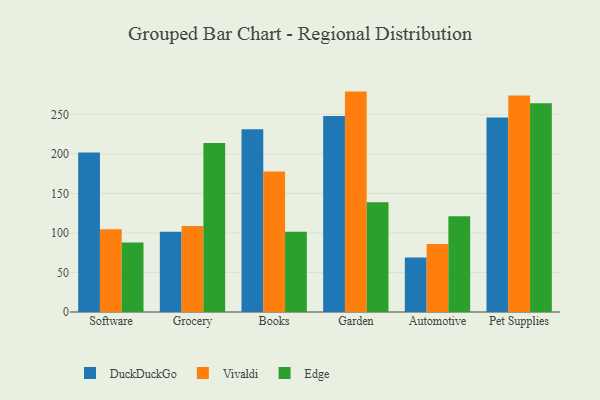
{"axis": {"x": "Category", "y": "Page Views"}, "legend": ["DuckDuckGo", "Edge", "Vivaldi"], "data": [{"x": "Software", "y": 201.8, "type": "DuckDuckGo"}, {"x": "Software", "y": 104.7, "type": "Vivaldi"}, {"x": "Software", "y": 87.9, "type": "Edge"}, {"x": "Grocery", "y": 101.6, "type": "DuckDuckGo"}, {"x": "Grocery", "y": 108.8, "type": "Vivaldi"}, {"x": "Grocery", "y": 213.9, "type": "Edge"}, {"x": "Books", "y": 231.3, "type": "DuckDuckGo"}, {"x": "Books", "y": 177.7, "type": "Vivaldi"}, {"x": "Books", "y": 101.5, "type": "Edge"}, {"x": "Garden", "y": 248.0, "type": "DuckDuckGo"}, {"x": "Garden", "y": 278.9, "type": "Vivaldi"}, {"x": "Garden", "y": 139.0, "type": "Edge"}, {"x": "Automotive", "y": 69.1, "type": "DuckDuckGo"}, {"x": "Automotive", "y": 86.1, "type": "Vivaldi"}, {"x": "Automotive", "y": 121.3, "type": "Edge"}, {"x": "Pet Supplies", "y": 246.2, "type": "DuckDuckGo"}, {"x": "Pet Supplies", "y": 274.0, "type": "Vivaldi"}, {"x": "Pet Supplies", "y": 264.3, "type": "Edge"}]}